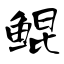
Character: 鲲